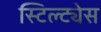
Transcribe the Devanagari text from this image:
स्टिल्ट्येस